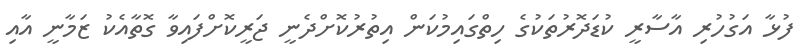
ފުޅާ އަގުހުރި އާސާރީ ކުޑަދޮރުތަކުގެ ހިތްގައިމުކަން އިތުރުކޮށްދެނީ ޖަރީކޮށްފައިވާ ގޮތާއެކު ޒަމާނީ އާއި